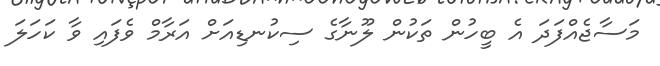
މަސާޖެއްފަދަ އެ ބީހުން ތަކުން ލޫނާގެ ސިކުނޑިއަށް އަރާމް ވެފައި ވާ ކަހަލަ